Vaccination in Bombay 1902-1912 - 1902-1912
Year: 1902
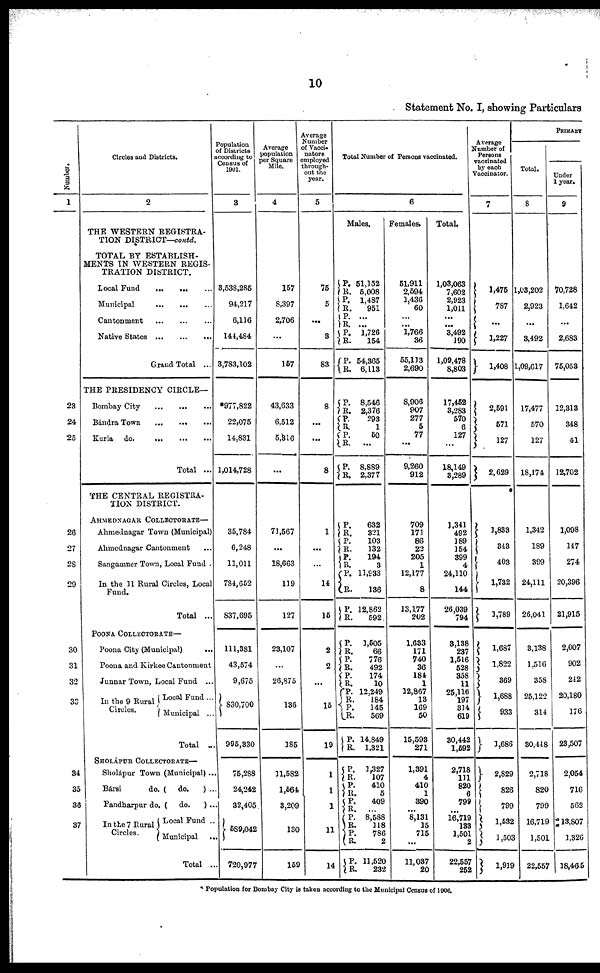
10
Statement No. I, showing Particulars
Number.
1
28
24
25
26
27
28
29
30
31
32
33
34
35
36
37
Circles and Districts.
2
THE WESTERN REGISTRA-
TION DISTRICT—contd.
TOTAL BY ESTABLISH-
MENTS IN WESTERN REGIS-
TRATION DISTRICT.
Local Fund
...
...
...
Municipal
...
...
...
Cantonment
...
...
...
Native
States...
...
...
Grand Total ...
THE PRESIDENCY CIRCLE—
Bombay City
...
...
...
Bándra Town
...
...
...
Kurla do.
...
...
...
Total ...
THE CENTRAL REGISTRA-
TION DISTRICT.
AHMEDNAGAR COLLECTORATE—
Ahmednagar Town (Municipal)
Ahmednagar Cantonment ...
Sangamner Town, Local Fund .
In the 11 Rural Circles, Local
Fund.
Total ...
POONA COLLECTORATE—
Poona City (Municipal) ...
Poona and Kirkee Cantonment
Junnar Town, Local Fund ...
In the 9 Rural
Circles.
Local Fund ...
Municipal ...
Total ...
SHOLÁPUR COLLECTORATE—
Sholápur Town (Municipal)...
Bársi
do. ( do.
) ...
Pandharpur do. ( do. )...
In the 7 Rural
Circles.
Local Fund ..
Municipal ...
Total ...
Population
of Districts
according to
Census of
1901.
3
3,538,285
94,217
6,116
144,484
3,783,102
*977,822
22,075
14,831
1,014,728
35,784
6,248
11,011
784,652
837,695
111,381
43,574
9,675
830,700
995,330
75,288
24,242
32,405
589,042
720,977
Average
population
per Square
Mile.
4
157
8,397
2,706
...
157
43,633
6,512
5,316
...
71,567
...
18,663
119
127
23,107
...
26,875
136
185
11,582
1,564
3,209
130
159
Average
Number
of Vacci¬
nators
employed
through-
out the
year.
5
75
5
...
3
83
8
...
...
8
1
...
...
14
15
2
2
...
15
19
1
1
1
11
14
Total Number of Persons vaccinated.
6
Males.
P.
R.
P.
R.
P.
R.
P.
R.
P.
R.
51,152
5,008
1,487
951
...
...
1,726
154
54,365
6,113
P.
R.
P.
R. P.
R.
P.
R.
8,546
2,376
293
1
50
...
8,889
2,377
P.
R.
P.
R.
P. R.
P.
R.
P.
R.
632
321
103
132
194
3
11,933
136
12,862
592
P. R.
P.
R.
P.
R. P.
R.
P.
R.
P.
R.
1,505
66
776
492
174
10
12,249
184
145
569
14,849
1,321
P.
R. P.
R.
P.
R.
P.
R.
P.
R.
P.
R.
1,327
107
410
5
409
...
8,588
318
786
2
11,520
232
Females.
51,911
2,594
1,436
60
...
...
1,766
36
55,133
2,690
8,906
907
277
5
77
...
9,260
912
709
171
86
22
205
1
12,177
8
13,177
202
1,633
171
740
36
184
1
12,867
13
169
50
15,593
271
1,391
4
410
1
390
...
8,111
15
715
...
11,037
20
Total.
1,03,063
7,602
2,923
1,011
...
...
3,492
190
1,09,478
8,803
17,452
3,283
570
6
127
...
18,149
3,289
Average
Number of
Persons
vaccinated
by each
Vaccinator.
7
1,475
787
...
1,227
1,408
2,591
571
127
2,629
1,341
492
189
154
399
4
24,110
144
26,039
794
3,138
237
1,516
528
358
11
25,116
197
314
619
30,442
1,592
2,718
111
820
6
799
...
16,719
133
1,501
2
22,557
252
1,833
343
403
1,732
1,789
1,687
1,822
369
1,688
933
1,686
2,829
826
799
1,532
1,503
1, 919
PRIMARY
Total.
8
1,03,202
2,923
...
3,492
1,09,617
17,477
570
127
18,174
1,342
189
399
24,111
26,041
3,138
1,516
358
25,122
314
30,448
2,718
820
799
16,719
1,501
22,557
Under
1 year.
9
70,728
1,642
...
2,683
75,053
12,313
348
41
12,702
1,098
147
274
20,396
21,915
2,007
902
242
20,180
176
23,507
2,054
716
562
13,807
1,326
18,465
* Population for Bombay City is taken according to the Municipal Census of 1906.